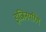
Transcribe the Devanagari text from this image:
इंजिनयरिंग